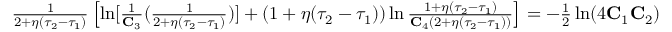
\begin{array} { r } { \frac { 1 } { 2 + \eta ( \tau _ { 2 } - \tau _ { 1 } ) } \left[ \ln [ \frac { 1 } { \mathbf { C } _ { 3 } } ( \frac { 1 } { 2 + \eta ( \tau _ { 2 } - \tau _ { 1 } ) } ) ] + ( 1 + \eta ( \tau _ { 2 } - \tau _ { 1 } ) ) \ln \frac { 1 + \eta ( \tau _ { 2 } - \tau _ { 1 } ) } { \mathbf { C } _ { 4 } ( 2 + \eta ( \tau _ { 2 } - \tau _ { 1 } ) ) } \right] = - \frac { 1 } { 2 } \ln ( 4 \mathbf { C } _ { 1 } \mathbf { C } _ { 2 } ) } \end{array}